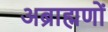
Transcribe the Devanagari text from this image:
अब्राह्मणों